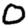
Digit: 0